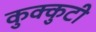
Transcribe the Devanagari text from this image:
कुक्कुटी